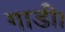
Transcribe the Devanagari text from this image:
गाडी।